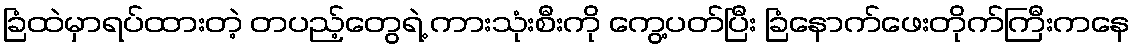
ခြံထဲမှာရပ်ထားတဲ့ တပည့်တွေရဲ့ ကားသုံးစီးကို ကွေ့ပတ်ပြီး ခြံနောက်ဖေးတိုက်ကြီးကနေ